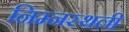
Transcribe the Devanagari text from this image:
निम्नस्थली